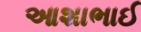
આશાભાઈ